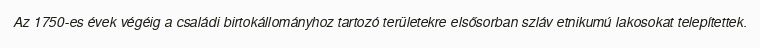
Az 1750-es évek végéig a családi birtokállományhoz tartozó területekre elsősorban szláv etnikumú lakosokat telepítettek.